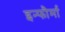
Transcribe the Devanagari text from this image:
इन्फौर्मा